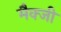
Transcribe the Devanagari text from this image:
मैक्जी